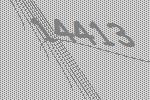
14413